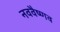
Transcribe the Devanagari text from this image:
नववैष्णव